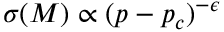
\sigma ( M ) \propto ( p - p _ { c } ) ^ { - \epsilon }